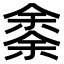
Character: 𠎳